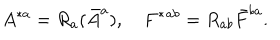
LaTeX: A ^ { * a } = R _ { a } ( \bar { A } ^ { a } ) , \quad F ^ { * } { } ^ { a b } = R _ { a b } \bar { F } ^ { b a } .